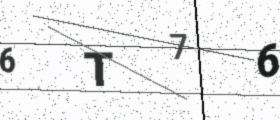
Text: 6T76